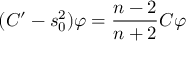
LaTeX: ( C ^ { \prime } - s _ { 0 } ^ { 2 } ) \varphi = \frac { n - 2 } { n + 2 } C \varphi